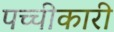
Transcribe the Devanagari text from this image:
पच्‍चीकारी